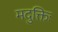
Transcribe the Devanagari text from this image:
मदुक्तिः